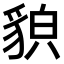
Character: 𧳖